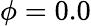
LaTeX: \phi=0.0